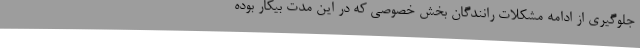
جلوگیری از ادامه مشکلات رانندگان بخش خصوصی که در این مدت بیکار بوده